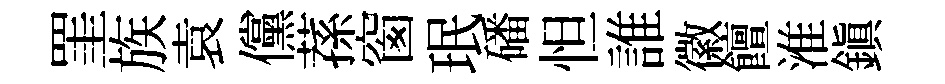
罣族袁儻蓀窗珉磻怛誰徽饘淮鎭